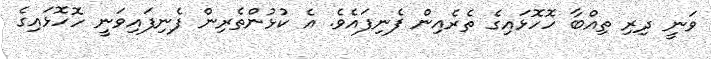
ވަނީ ދިރި ތިއްބާ ހޮހޮޅައިގެ ތެރެއިން ފެނިފައެވެ. އެ ކުޅުންތެރިން ފެނިފައިވަނީ ހޮހޮޅައިގެ